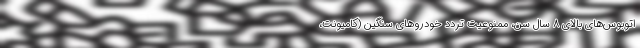
اتوبوس‌های بالای ۸ سال سن، ممنوعیت تردد خودرو‌های سنگین (کامیونت،